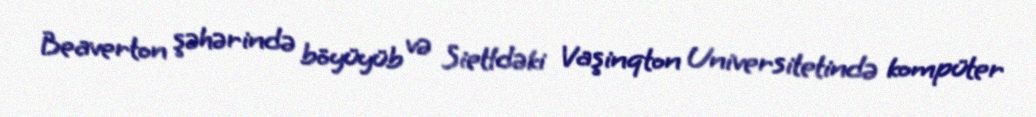
Beaverton şəhərində böyüyüb və Sietldəki Vaşinqton Universitetində kompüter